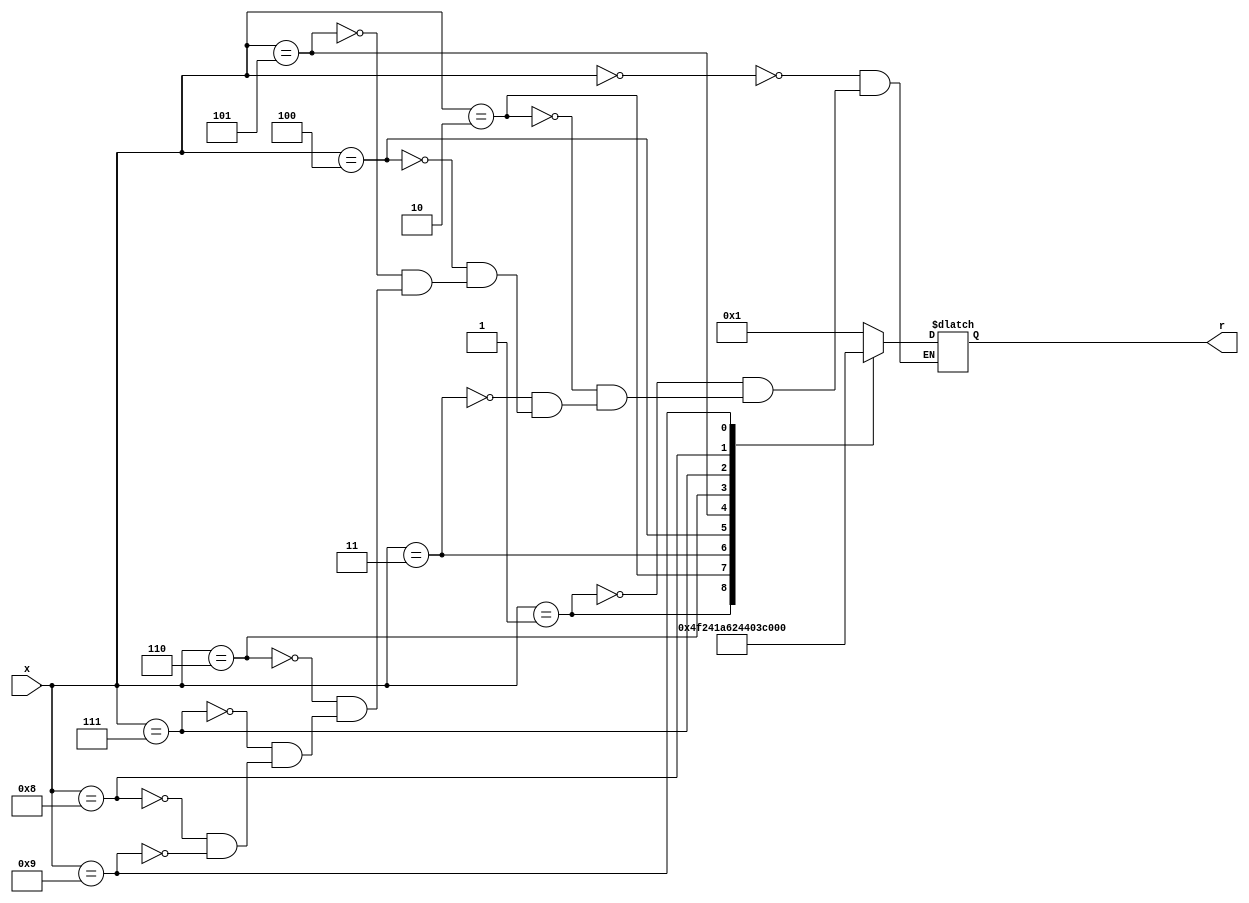
`timescale 1ns / 1ps
//////////////////////////////////////////////////////////////////////////////////
// Company: 
// Engineer: 
// 
// Design Name: 
// Module Name: hexto7segment
// Project Name: 
// Target Devices: 
// Tool Versions: 
// Description: 
// 
// Dependencies: 
// 
// Revision:
// Revision 0.01 - File Created
// Additional Comments:
// 
//////////////////////////////////////////////////////////////////////////////////


module hexto7segment(
    input [3:0] x,
    output reg [6:0] r
    );
        
    always @(*)
        case(x)
            4'b0000: r = 7'b0000001;
            4'b0001: r = 7'b1001111;
            4'b0010: r = 7'b0010010;
            4'b0011: r = 7'b0000110;
            4'b0100: r = 7'b1001100;
            4'b0101: r = 7'b0100100;
            4'b0110: r = 7'b0100000;
            4'b0111: r = 7'b0001111;
            4'b1000: r = 7'b0000000;
            4'b1001: r = 7'b0000100;  
        endcase
        
endmodule